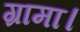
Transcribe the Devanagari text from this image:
ग्रामा।